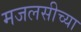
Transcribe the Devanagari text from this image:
मजलसीच्या